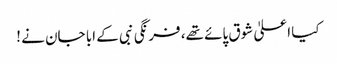
کیا اعلیٰ شوق پائے تھے، فرنگی نبی کے ابا جان نے !